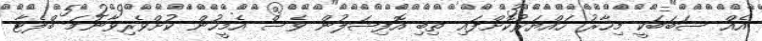
އެއް ސަބަބަކީ މިހާރު ހައްޔަރުކޮށްފައި ތިބި އޮފިޝަލުން ވެސް އެމީހުން ކުށްވެރިވާނަމަ ބްލެޓާ